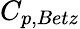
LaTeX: C_{p,Betz}